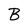
Character: B